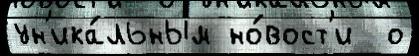
ун'ика́льным но́вост'и  о